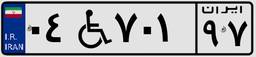
۰۴W۷۰۱۹۷